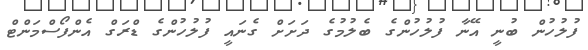
ފުލުހުން ބުނީ އޭނާ ފުލުހުންގެ ބެލުމުގެ ދަށަށް ގެނައީ ފުލުހުންގެ ޑްރަގް އެންފޯސްމަންޓް